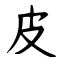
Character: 皮